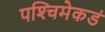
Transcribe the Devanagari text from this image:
पश्‍चिमेकडं